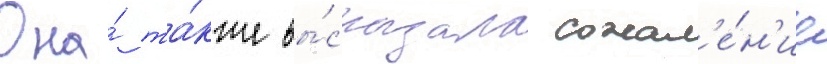
Она́ та́кже вы́сказала сожал'е́н'ие